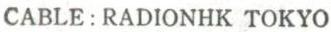
CABLE: RADIONHK TOKYO